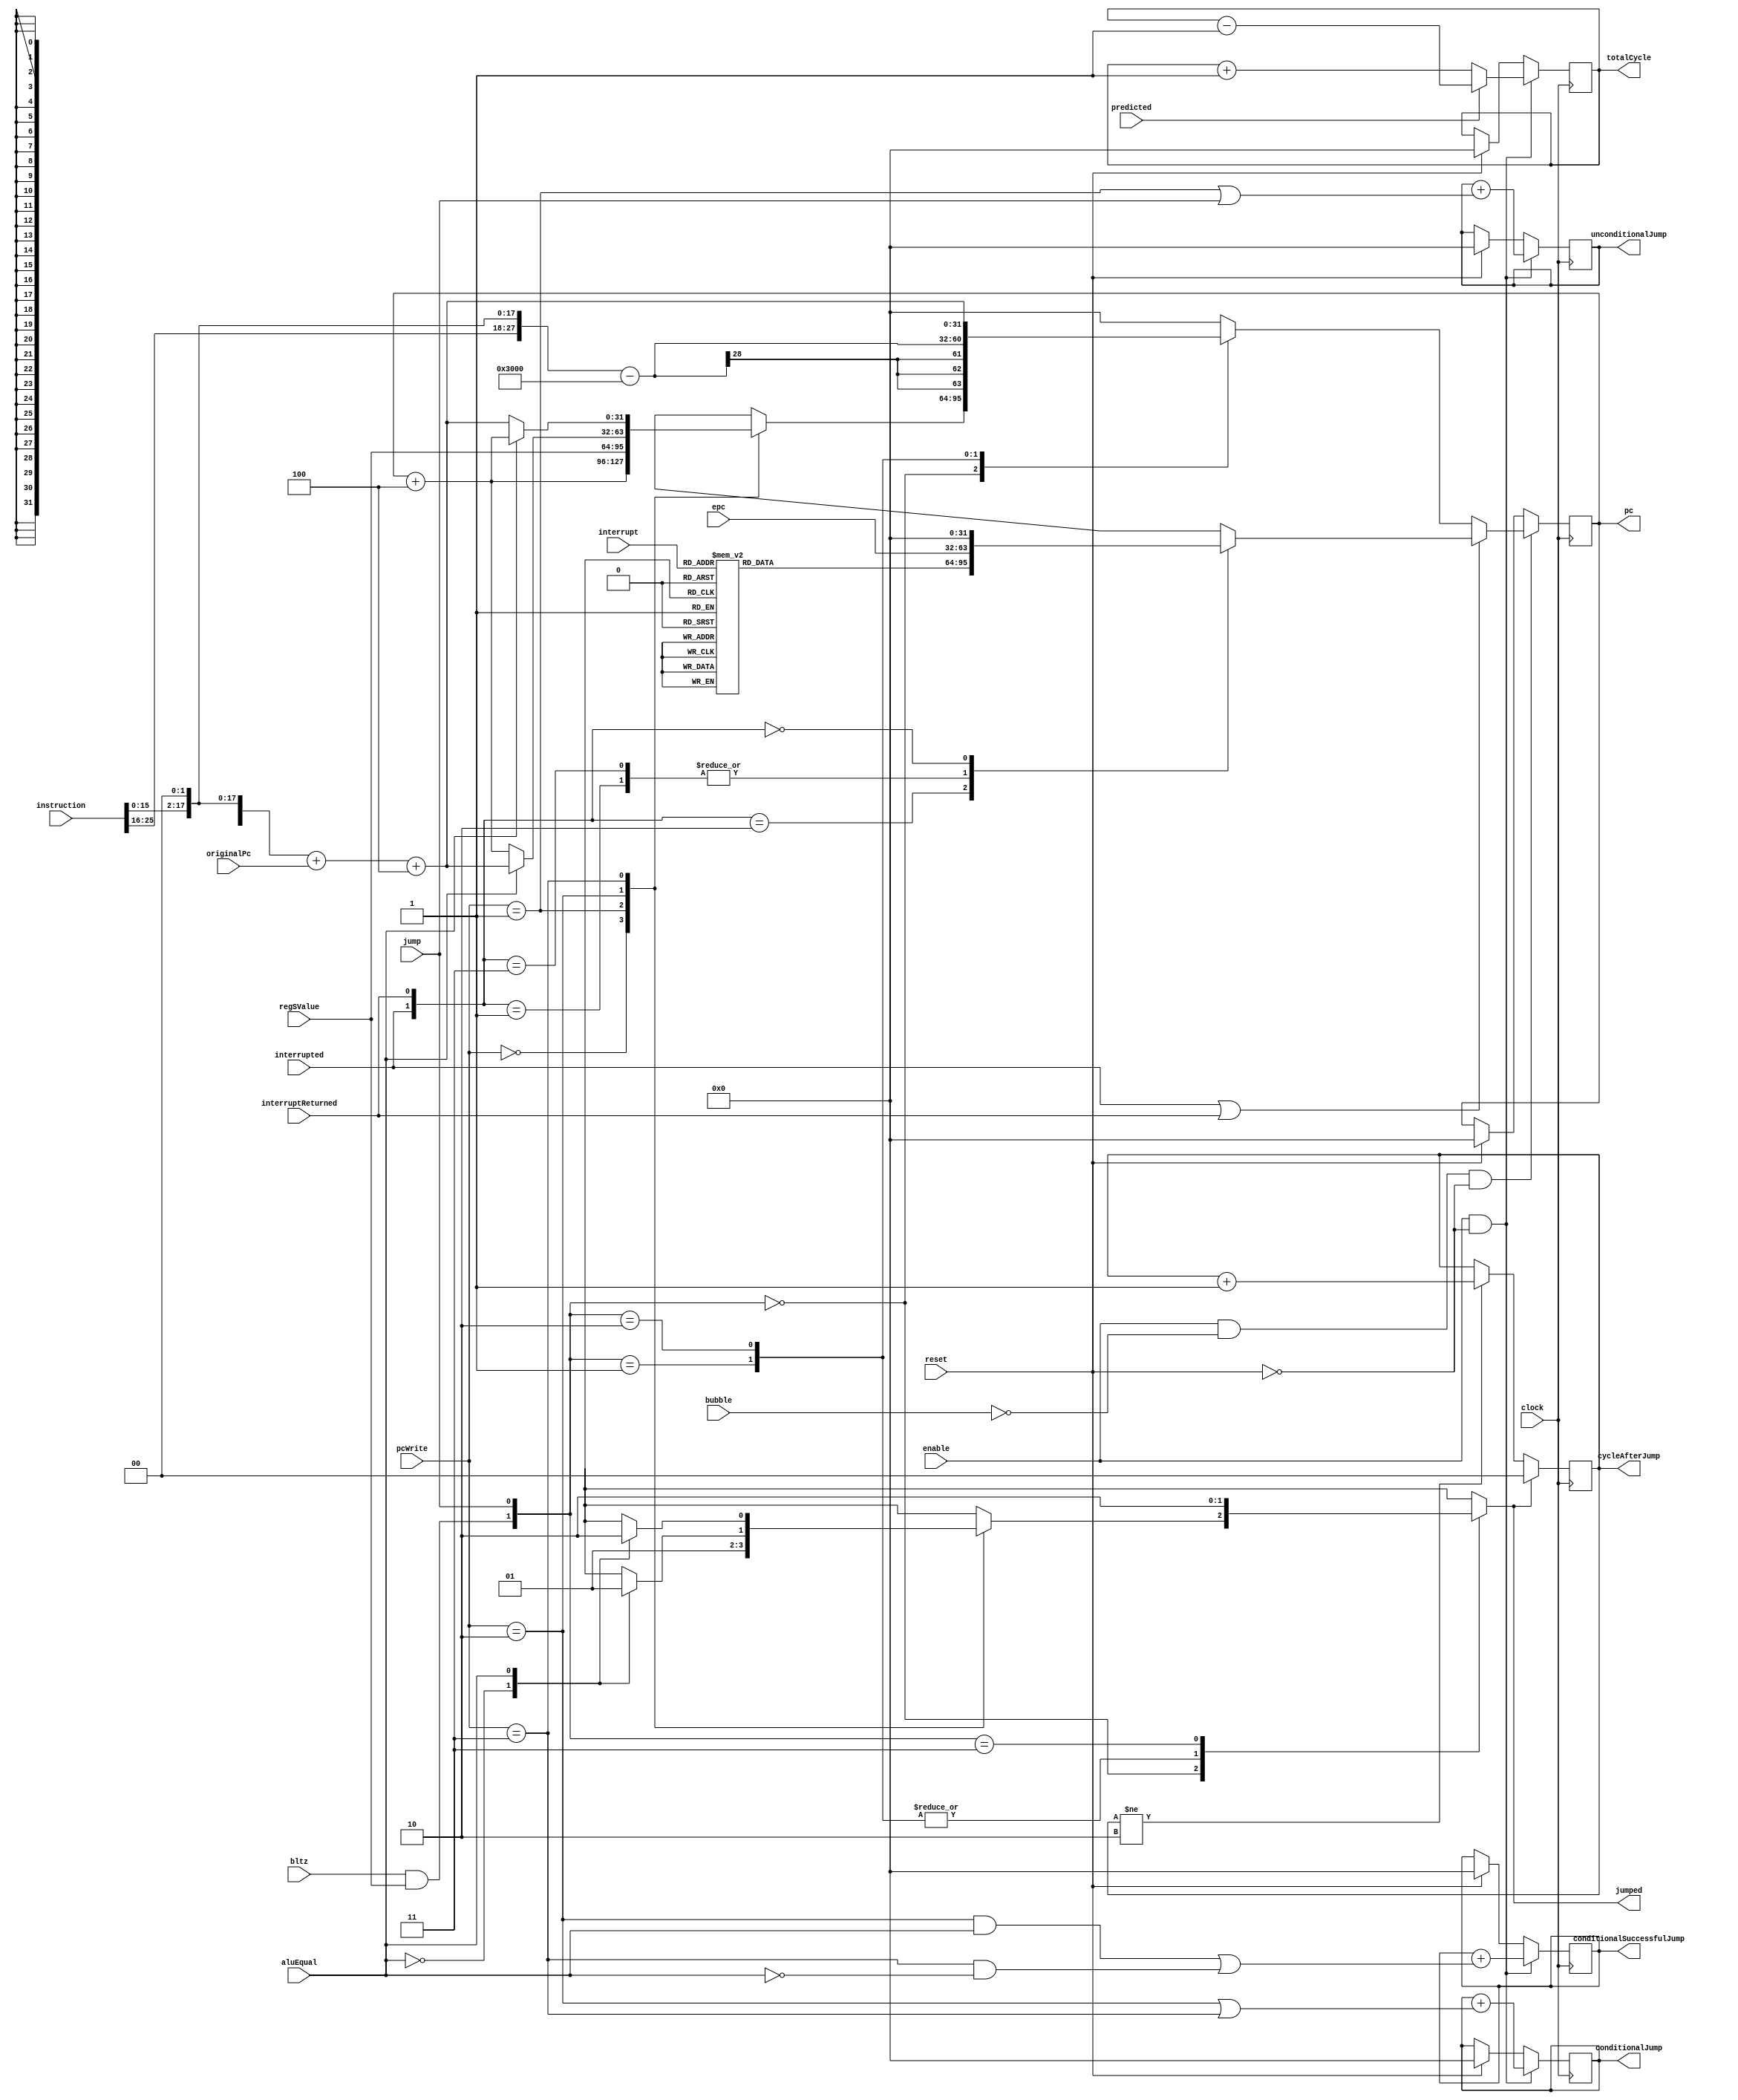
module Pc(
        input wire[31: 0] originalPc,
        input wire[31: 0] regSValue,
        input wire[25: 0] instruction,
        input wire[1: 0] pcWrite,
        input wire aluEqual,
        input wire reset,
        input wire enable,
        input wire clock,
        input wire jump,

        // interrupt additions
        input wire interrupted,
        input wire interruptReturned,
        input wire[2: 0] interrupt,
        input wire[31: 0] epc,

        input wire bltz,
        input wire bubble,
        input wire predicted,
        output reg jumped,
        output reg[31: 0] pc = 0,
        output reg[31: 0] totalCycle = 0,
        output reg[31: 0] unconditionalJump = 0,
        output reg[31: 0] conditionalJump = 0,
        output reg[31: 0] conditionalSuccessfulJump = 0,
        output reg[1: 0] cycleAfterJump = 0
    );
    wire pcEnable;
    assign pcEnable = (enable && !bubble);

    wire[15: 0] immediate;
    assign immediate = instruction[15: 0];

    wire[31: 0] jumpDestination;
    assign jumpDestination = (({4'b000000, instruction, 2'b00}) - 32'h0000_3000);

    wire[31: 0] branchDestination;
    assign branchDestination = {{14{immediate[15]}}, immediate, 2'b00} + originalPc + 4;

    reg [31: 0] interruptLocation;
    always @(interrupt) begin
        case(interrupt)
            3'b100, 3'b101, 3'b110, 3'b111: interruptLocation = 32'h0c;
            3'b010, 3'b011:                 interruptLocation = 32'h08;
            3'b001:                         interruptLocation = 32'h04;
            3'b000:                         interruptLocation = 32'b00;
        endcase
    end

    // 'jumped' should be a combinational circuit rather than a timing one
    always @(bltz, regSValue, jump, pcWrite, aluEqual) begin
        case({bltz && regSValue, jump})
            2'b00: begin
                case (pcWrite)
                    2'b00: jumped = 0;
                    2'b01: jumped = 1;
                    2'b10: begin
                        case (aluEqual)
                            1'b0: jumped = 0;
                            1'b1: jumped = 1;
                        endcase
                    end
                    2'b11: begin
                        case (aluEqual)
                            1'b0: jumped = 1;
                            1'b1: jumped = 0;
                        endcase
                    end
                endcase
            end
            2'b01: jumped = 1;
            2'b10: jumped = 1;
            2'b11: jumped = 0;
        endcase
    end

    always @(posedge clock) begin
        if (jumped == 1) begin
            cycleAfterJump <= 0;
        end else if(cycleAfterJump != 2) begin
            cycleAfterJump = cycleAfterJump + 1;
        end

        if (pcEnable && !reset) begin
            if(interrupted || interruptReturned) begin
                case({interrupted, interruptReturned})
                    2'b10: pc <= interruptLocation;
                    2'b01: pc <= epc;
                    2'b11: pc <= epc;
                    2'b00: pc <= 0;
                endcase
            end else begin
                // judge if this is a J instruction (or an interrupt)
                case ({(bltz && regSValue), jump})
                    // other jump conditino
                    2'b00: begin
                        // this is not a J instruction, judging by pcWrite hardware
                        // interface
                        case (pcWrite)
                            2'd0: pc <= pc + 4;
                            // jr
                            2'd1: pc <= regSValue;
                            // beq
                            2'd2: begin
                                if (aluEqual) begin
                                    pc <= branchDestination;
                                end else begin
                                    pc <= pc + 4;
                                end
                            end
                            // bne
                            2'd3: begin
                                if (!aluEqual) begin
                                    pc <= branchDestination;
                                end else begin
                                    pc <= pc + 4;
                                end
                            end
                        endcase
                    end
                    2'b01: pc <= jumpDestination;   // this is a J instruction
                    2'b10: pc <= branchDestination; // bltz, HuSixu's ccmb
                    default: pc <= 0;
                endcase
            end
        end else if (reset) begin
            pc <= 0;
        end else begin
            pc <= pc;
        end

        if (enable && !reset) begin
            if(predicted) begin
                totalCycle <= totalCycle - 1;
            end else begin
                totalCycle <= totalCycle + 1;
            end

            unconditionalJump <= unconditionalJump + (pcWrite == 1 || jump);
            conditionalJump <= conditionalJump + (pcWrite == 2 || pcWrite == 3);
            conditionalSuccessfulJump <= conditionalSuccessfulJump +
                ((pcWrite == 2 && aluEqual) || (pcWrite == 3 && !aluEqual));
        end else if (reset) begin
            totalCycle <= 0;
            unconditionalJump <= 0;
            conditionalJump <= 0;
            conditionalSuccessfulJump <= 0;
        end else begin
            totalCycle <= totalCycle;
            unconditionalJump <= unconditionalJump;
            conditionalJump <= conditionalJump;
            conditionalSuccessfulJump <= conditionalSuccessfulJump;
        end
    end
endmodule